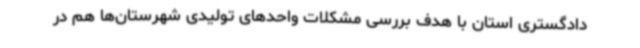
دادگستری استان با هدف بررسی مشکلات واحدهای تولیدی شهرستان‌ها هم در